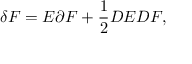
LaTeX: \delta F = E \partial F + \frac { 1 } { 2 } D E D F ,